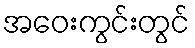
အဝေးကွင်းတွင်